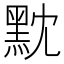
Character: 黕